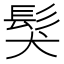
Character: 𩬇